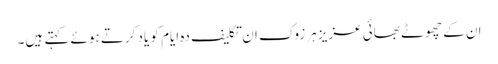
ان کے چھوٹے بھائی عزیز ہرزوک ان تکلیف دہ ایام کو یاد کرتے ہوئے کہتے ہیں۔